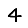
Digit: 4